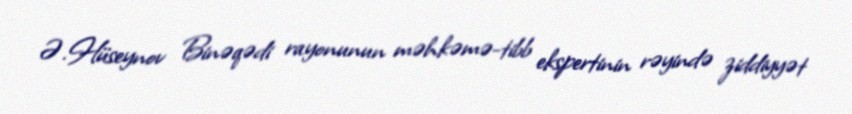
Ə.Hüseynov Binəqədi rayonunun məhkəmə-tibb ekspertinin rəyində ziddiyyət